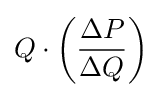
Q\cdot \left({\frac {\Delta P}{\Delta Q}}\right)